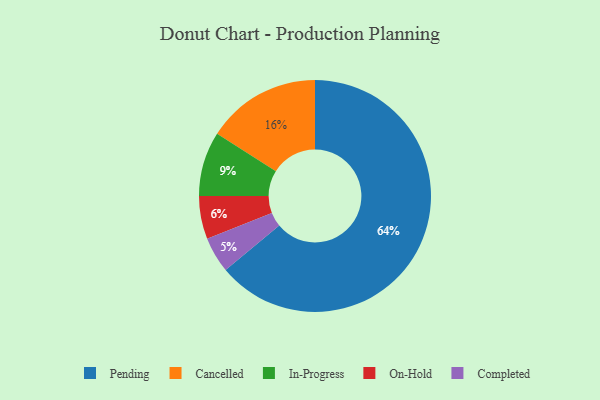
{"axis": {"x": "Category", "y": "Percentage"}, "legend": ["Cancelled", "Completed", "In-Progress", "On-Hold", "Pending"], "data": [{"x": "Cancelled", "y": 16, "type": "Cancelled"}, {"x": "In-Progress", "y": 9, "type": "In-Progress"}, {"x": "Pending", "y": 64, "type": "Pending"}, {"x": "Completed", "y": 5, "type": "Completed"}, {"x": "On-Hold", "y": 6, "type": "On-Hold"}]}